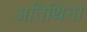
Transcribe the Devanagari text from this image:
अतिथिना